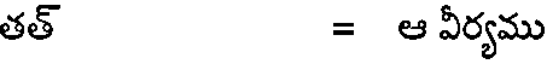
తత్ = ఆ వీర్యము